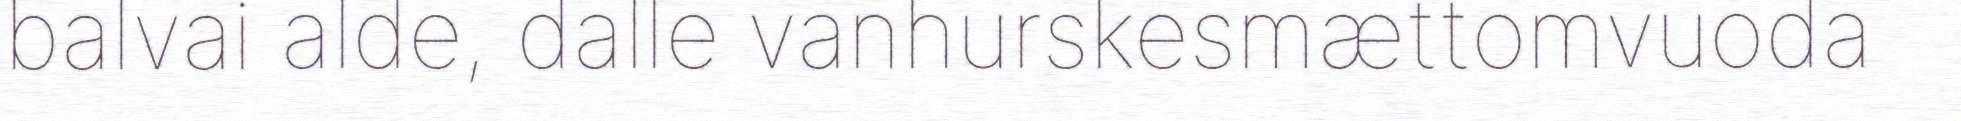
balvai alde, dalle vanhurskesmættomvuoda